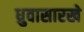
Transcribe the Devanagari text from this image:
ध्रुवासारखे